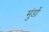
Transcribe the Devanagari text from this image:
मुंडों